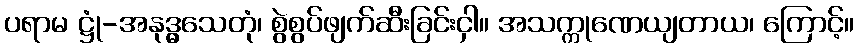
ပရာမ ဋ္ဌုံ-အနုဒ္ဓွသေတုံ၊ စွဲစွပ်ဖျက်ဆီးခြင်းငှါ။ အသက္ကုဏေယျတာယ၊ ကြောင့်။